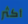
أكثر